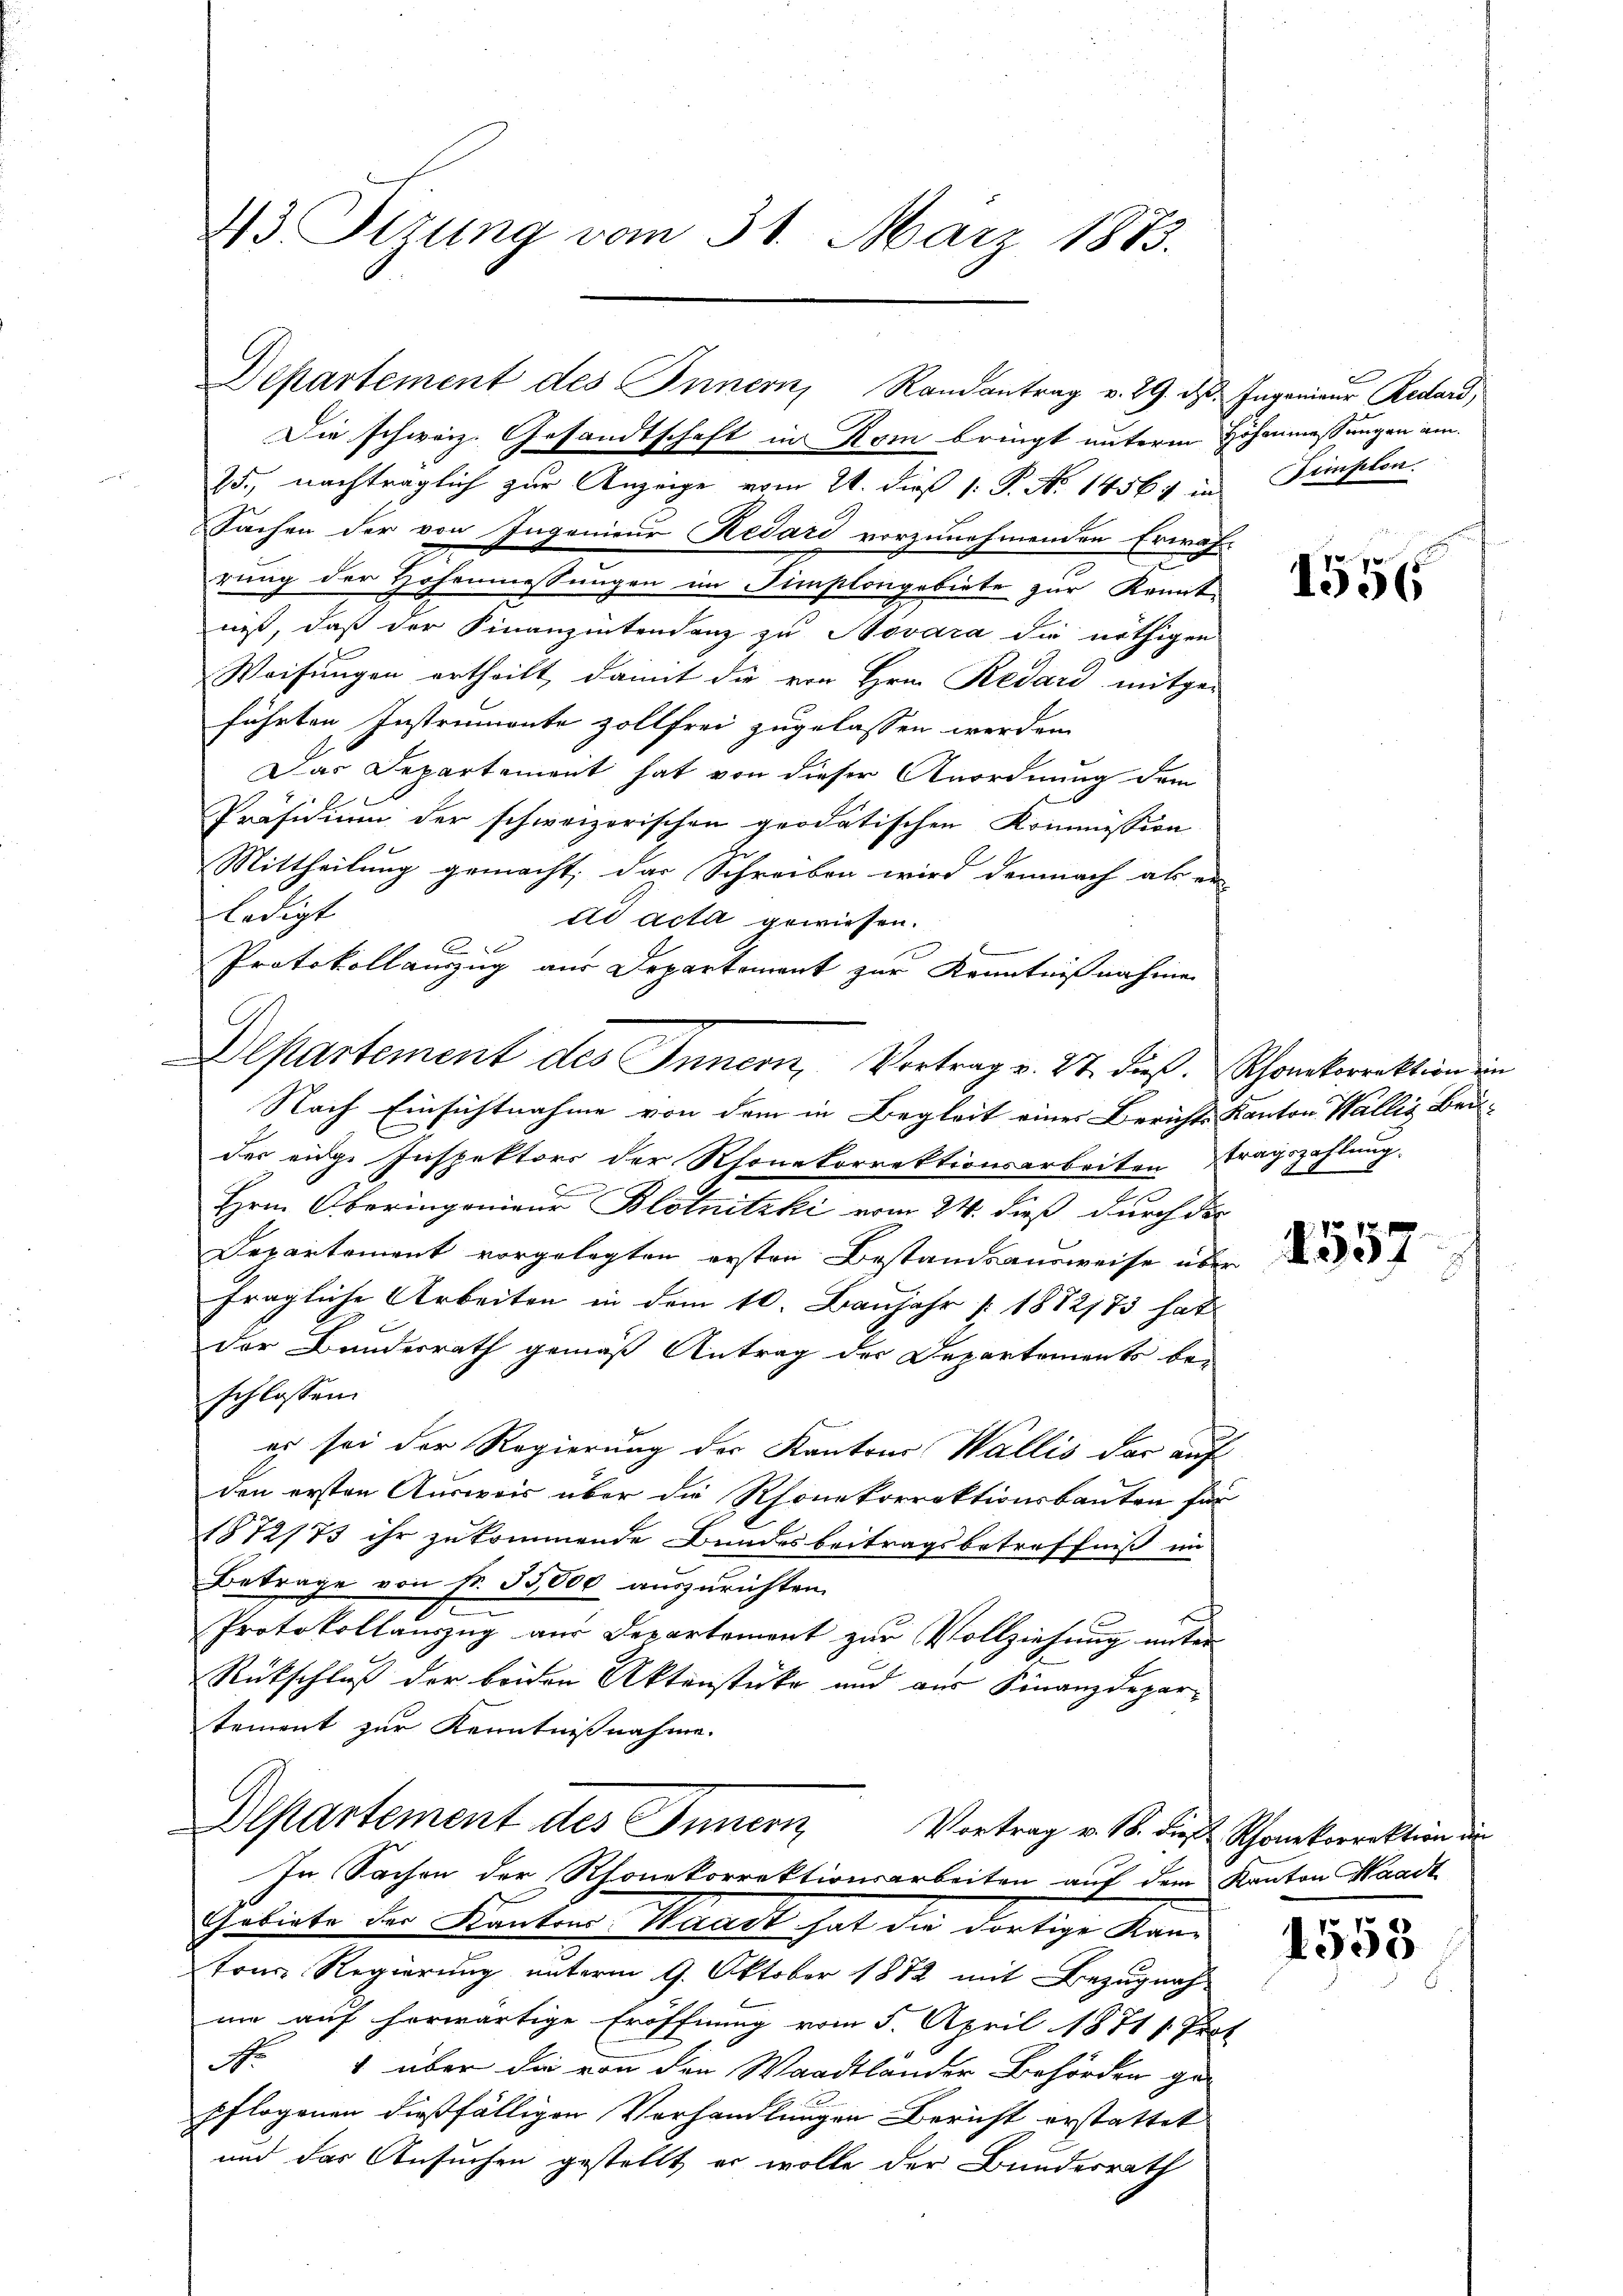
23 Setzung vom 31. März 1883.

Departement des Innern, Randantrag v. 29. d. Ingenieur Redard,
Die schweiz. Gesandtschaft in Rom bringt unterm Höhenmessungen am
25., nachträglich zur Anzeige vom 24. dieß 1: P. No 1456. in Simplen

Sachen der von Ingenieur Redard vorzunehmenden Erwäh-
e
rung der Hohenmessungen im Simplongebiete zur Kennt-
niß, daß der Finanzientendenz zu Novara die nöthigen
Weifungen ertheilt, damit die von Hrn. Redard mitge-
führten Instrumente zollfrei zugelassen werden.
Das Departement hat von dieser Anordnung dem
Präsidium der schweizerischen geodatischen Kommission
Mittheilung gemacht, das Schreiben wird demnach als er-
ledigt
ad acta gewiesen.

Protokollanzug aus Departement zur Kenntnißnahme
Nach Einsichtnahme von dem in Begleit eines Berichts Kanton Wällig Beider eige Inspektors der Rhonekorrektionsarbeiten tragszahlung.
Hrn. Oberingenieur Blotnitzki vom 24. dieß durch der
Departement vorgelegten ersten Bestandsausweise über
fragliche Arbeiten in dem 10. Baŭjahr 1872/73 hat
der Bundesrath gemäß Antrag der Departements be-
schlossen:
es sei der Regierung der Kantons Wallis dar auf
den ersten Ausweis über die Rhonekorrektionsbauten für
1872/73 ihr zukommende Bundesbeitragsbetreffniß im
Betrage von Fr. 53,000 auszurichten.
Protokollauszug aus Departement zur Vollziehung unter
Rückschluß der beiden Aktenstücke und aus Finanzdepartement zur Kenntnißnahme.

Departement des Innern, Vortrag v. 27. dieß. Schonkorrektion ein

Departement des Innern
In Sachen der Rhonekorrektionsarbeiten auf dem Kanton Waadt
Gebiete der Kanton Waadt hat die dortige Kan¬

tons Regierung unterm 9. Oktober 1872 mit Bezugnah
me auf herwärtige Eröffnung vom 5. April 1871 s. Pro-
Nr 1 über die von den Waadtländer Behörden ge-
pflogenen dießfälligen Verhandlungen Bericht erstattet
und das Ansuchen gestellt, er wolle der Bundesrath

1556

12 x
531

Vortrag v. B. die Schonekorrektion den

4558